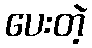
ပေးတဲ့